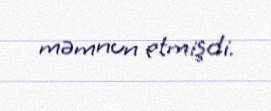
məmnun etmişdi.